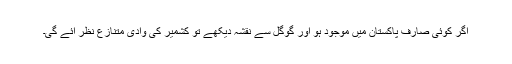
اگر کوئی صارف پاکستان میں موجود ہو اور گوگل سے نقشہ دیکھے تو کشمیر کی وادی متنازع نظر آئے گی۔